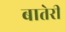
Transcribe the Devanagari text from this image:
बातेरी